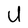
Character: U